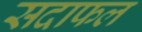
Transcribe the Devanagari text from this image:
सदाफल